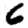
Digit: 6